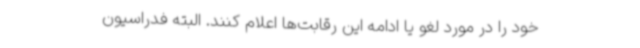
خود را در مورد لغو یا ادامه این رقابت‌ها اعلام ‌کنند. البته فدراسیون